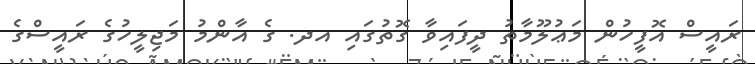
ރައީސް އޮފީހުން މަޢުލޫމާތު ދީފައިވާ ގޮތުގައި އދ. ގެ އާންމު މަޖިލީހުގެ ރައީސްގެ